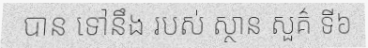
បាន ទៅនឹង របស់ ស្ថាន សួគ៌ ទី៦